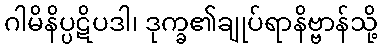
ဂါမိနိပ္ပဋိပဒါ၊ ဒုက္ခ၏ချုပ်ရာနိဗ္ဗာန်သို့